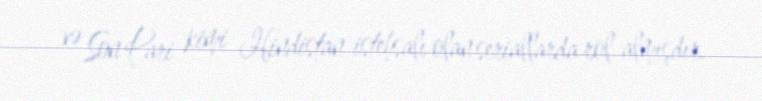
və Son Pari kimi Hindistan istehsalı olan seriallarda rol almışdır.